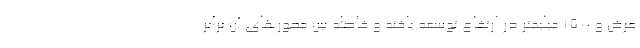
عرض و 1500 میلیمتر در ارتفاع توسعه یافته و فاصله بین محورهای آن برابر